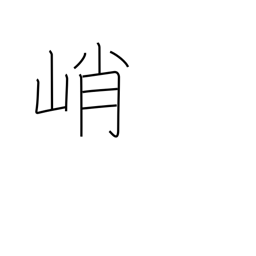
Meaning: high & steep